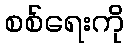
စစ်ရေးကို